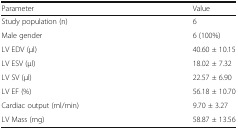
| Parameter | Value |
 | --- | --- |
 | Study population (n) | 6 |
 | Male gender | 6 (100%) |
 | LV EDV (μl) | 40.60 ± 10.15 |
 | LV ESV (μl) | 18.02 ± 7.32 |
 | LV SV (μl) | 22.57 ± 6.90 |
 | LV EF (%) | 56.18 ± 10.70 |
 | Cardiac output (ml/min) | 9.70 ± 3.27 |
 | LV Mass (mg) | 58.87 ± 13.56 |